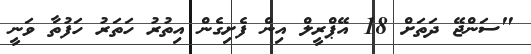
"ސަންޖޭ ދަތަށް 18 އޭޕްރީލް އިން ފެށިގެން އިތުރު ހަތަރު ހަފުތާ ވަނީ